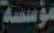
مؤسسة